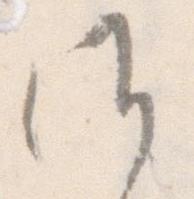
候